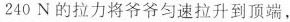
2 4 0 N$$ 的拉力将爷爷匀速拉升到顶端，